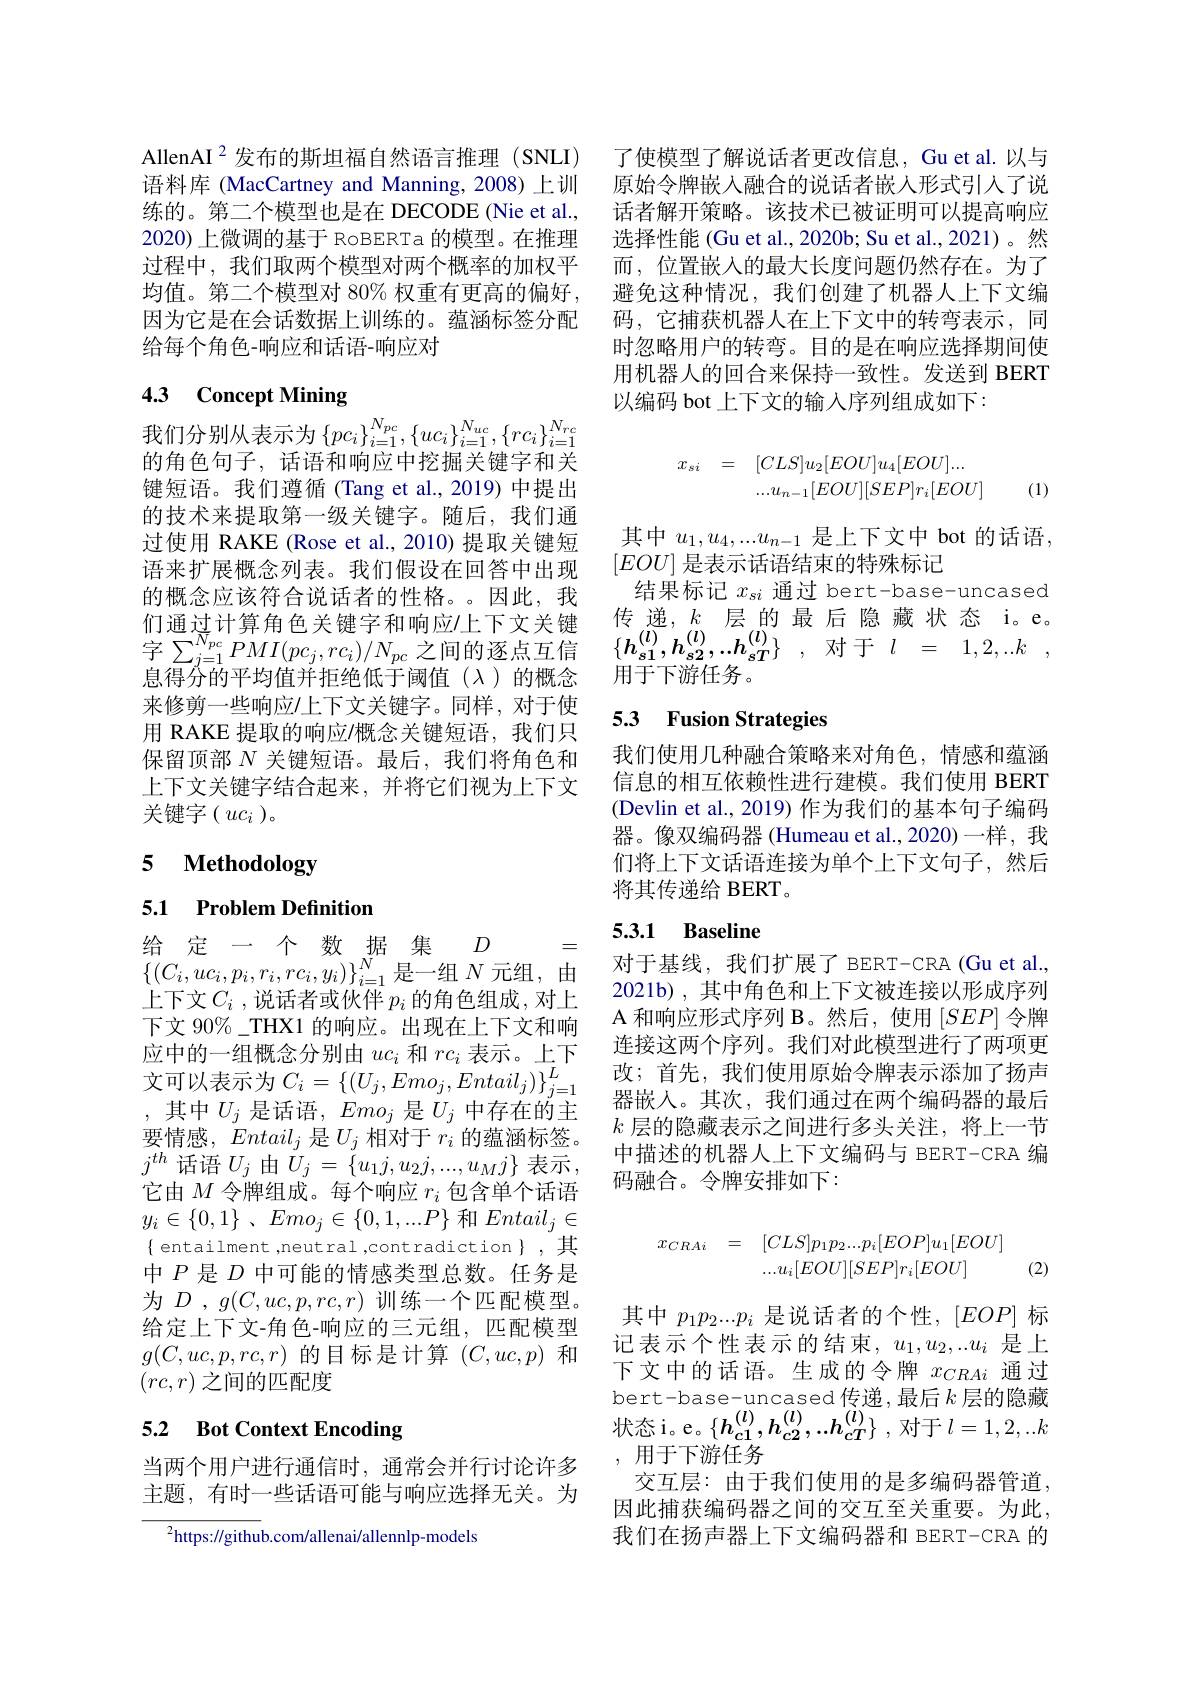
AllenAI$^{2}$发布的斯坦福自然语言推理(SNLI) 语料库 (MacCartney and Manning, 2008)上训练的。第二个模型也是在 DECODE (Nie et al., 话者解开策略。该技术已被证明可以提高响应
2020) 上微调的基于 RoBERTa 的模型。在推理过程中，我们取两个模型对两个概率的加权平均值。第二个模型对 80% 权重有更高的偏好， 因为它是在会话数据上训练的。蕴涵标签分配给每个角色-响应和话语-响应对

# 4.3 Concept Mining 我们分别从表示为$\left\{pc_i\right\}_{i=1}^{N_{pc}},\left\{uc_i\right\}_{i=1}^{N_{uc}},\left\{rc_i\right\}_{i=1}^{N_{rc}}$

的角色句子，话语和响应中挖掘关键字和关键短语。我们遵循(Tang et al.,2019)中提出的技术来提取第一级关键字。随后，我们通过使用 RAKE (Rose et al., 2010) 提取关键短语来扩展概念列表。我们假设在回答中出现的概念应该符合说话者的性格。因此，我们通过计算角色关键字和响应/上下文关键息得分的平均值并拒绝低于阈值($\lambda)的概念$ 来修剪一些响应/上下文关键字。同样，对于使用 RAKE 提取的响应/概念关键短语，我们只保留顶部$N$关键短语。最后，我们将角色和上下文关键字结合起来，并将它们视为上下文关键字$(uc_i)$。

# 5 $\textbf{Methodology}$

5.1 Problem Definition

给定一个数据集$D=$ $\{(C_i,uc_i,p_i,r_i,rc_i,y_i)\}_{i=1}^N$是一组$N$ 元组，由上下文$C_i$ ,说话者或伙伴 $p_i$ 的角色组成，对上下文 90%\_THX1 的响应。出现在上下文和响应中的一组概念分别由$uc_i$和$rc_i$表示。上下文可以表示为$C_i=\left\{(U_{j},Emo_{j},Entail_{j})\right\}_{j=1}^{L}$ ,其中$U_j$ 是话语$,Emo_j$ 是$U_j$ 中存在的主要情感，$Entail_j$是$U_j$相对于$r_i$的蕴涵标签。$j^{th}$话语$U_j$由$\tilde{U}_j=\{u_1j,u_2j,...,u_Mj\}$表示， 它由$M$令牌组成。每个响应$r_i$包含单个话语$y_i\in \{ 0, 1\}$ , $Emo_j\in \{ 0, 1, . . . P\}$ 和$Entail_j\in$ $\{$ entailment ,neutral ,contradiction $\}$,其中$P$是$D$中可能的情感类型总数。任务是为$D$ , $g(C,uc,p,rc,r)$训练一个匹配模型。给定上下文-角色-响应的三元组，匹配模型$g(C,uc,p,rc,r)$的目标是计算$(C,uc,p)$和$(rc,r)$之间的匹配度

## 5.2 Bot Context Encoding

当两个用户进行通信时，通常会并行讨论许多主题，有时一些话语可能与响应选择无关。为

$^{2}$https://github.com/allenai/allennlp-models

了使模型了解说话者更改信息，Gu et al. 以与原始令牌嵌入融合的说话者嵌入形式引人了说选择性能 (Gu et al., 2020b; Su et al., 2021)。然而，位置嵌入的最大长度问题仍然存在。为了避免这种情况，我们创建了机器人上下文编码，它捕获机器人在上下文中的转弯表示，同时忽略用户的转弯。目的是在响应选择期间使用机器人的回合来保持一致性。发送到 BERT 以编码 bot 上下文的输入序列组成如下：
$$\begin{aligned}x_{si}&=\quad[CLS]u_{2}[EOU]u_{4}[EOU]...\\&...u_{n-1}[EOU][SEP]r_{i}[EOU]\end{aligned}$$
(1)

其中 $u_1,u_4,...u_{n-1}$ 是上下文中 bot 的话语，
$[EOU]$是表示话语结束的特殊标记
结果标记$x_si$通过 bert-base-uncased 传递，$k$层的最后隐藏状态 i。e。
$\begin{aligned}&\text{们通过计算用巴大键子和响应广上下又大键}&\text{设应，“公町 故 }\\&\text{字 }\sum_{j=1}^{N_{pc}}PMI(pc_j,rc_i)/N_{pc}&\text{之间的逐点互信}&\{\boldsymbol{h}_{s1}^{(l)},\boldsymbol{h}_{s2}^{(l)},..\boldsymbol{h}_{sT}^{(l)}\}&,\text{对于 }l&=&1,2,..k&,\end{aligned}$
用于下游任务。

## 5.3 Fusion Strategies

我们使用几种融合策略来对角色，情感和蕴涵信息的相互依赖性进行建模。我们使用 BERT (Devlin et al., 2019) 作为我们的基本句子编码器。像双编码器 (Humeau et al.,2020)一样，我们将上下文话语连接为单个上下文句子，然后将其传递给 BERT。

## 5.3.1 Baseline

对于基线，我们扩展了 BERT-CRA (Gu et al., 2021b) , 其中角色和上下文被连接以形成序列A 和响应形式序列 B。然后，使用$[SEP]$令牌连接这两个序列。我们对此模型进行了两项更改；首先，我们使用原始令牌表示添加了扬声器嵌入。其次，我们通过在两个编码器的最后$k$层的隐藏表示之间进行多头关注，将上一节中描述的机器人上下文编码与 BERT-CRA 编码融合。令牌安排如下：
$$\begin{aligned}x_{CRAi}&=\quad[CLS]p_{1}p_{2}...p_{i}[EOP]u_{1}[EOU]\\&...u_{i}[EOU][SEP]r_{i}[EOU]\quad(2\end{aligned}$$
其中$p_1p_2...p_i$是说话者的个性，$[EOP]$标记表示个性表示的结束，$u_1,u_2,..u_i$是上下文中的话语。生成的令牌$x_{CRAi}$通过bert-base-uncased 传递，最后$k$层的隐藏状 态 i。e。$\{ h_{c1}^{( l) }, h_{c2}^{( l) }, . . h_{cT}^{( l) }\}$ ,对 于 $l= 1, 2, . . k$ ,用于下游任务
交互层：由于我们使用的是多编码器管道， 因此捕获编码器之间的交互至关重要。为此， 我们在扬声器上下文编码器和 BERT-CRA 的